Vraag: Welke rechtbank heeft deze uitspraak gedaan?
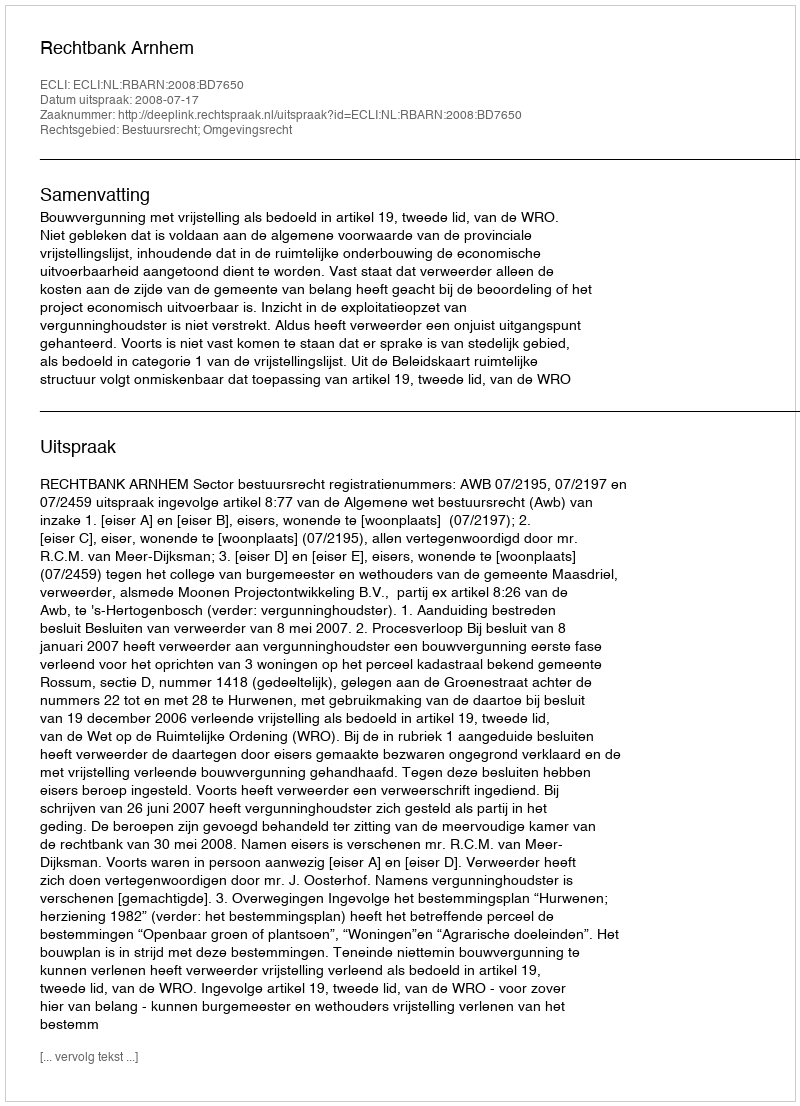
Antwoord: Rechtbank Arnhem